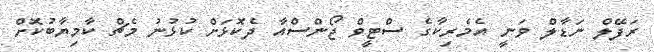
ރަފޭލް ނަޑާލް ވަނީ އެމެރިކާގެ ސްޓީވް ޖޯންސްއާ ދެކޮޅަށް ކުޅުނު މެޗް ކާމިޔާބުކޮށް